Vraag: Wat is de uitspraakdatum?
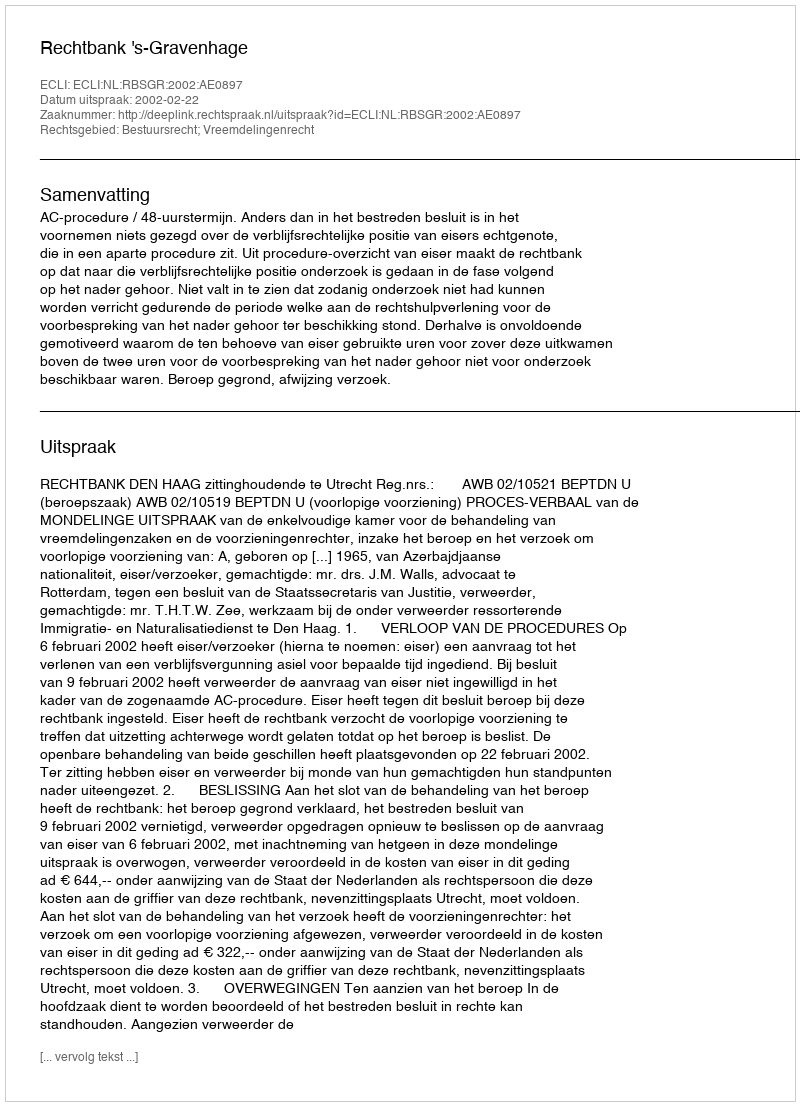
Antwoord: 2002-02-22